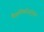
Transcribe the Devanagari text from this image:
वैज्ञानिकोअंनुसार